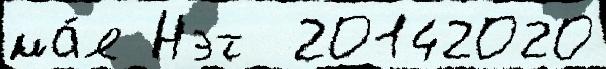
ма́я Нэт  20142020